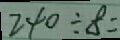
2 4 0 \div 8 =